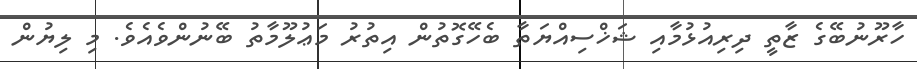
ހާރޫނުބޭގެ ޒާތީ ދިރިއުޅުމާއި ޝަޚްސިއްޔަތާ ބެހޭގޮތުން އިތުރު މަޢުލޫމާތު ބޭނުންވެއެވެ. މި ލިޔުން